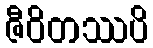
ဇီဝိတဿပိ